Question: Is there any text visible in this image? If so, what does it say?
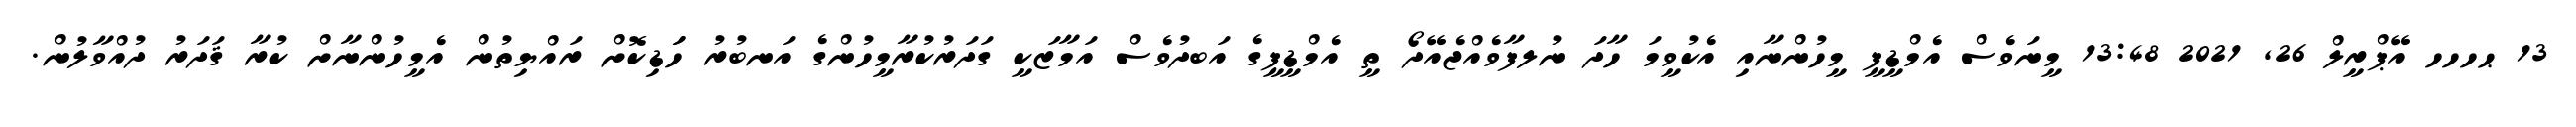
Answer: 13 ޙހހހ އޭޕްރީލް 26, 2021 13:48 މީނަވެސް އެމްޑީޕީ މީހުންނާއި އެކުވީމަ ހާދަ ނުލފާވެއްޖެއޭދޯ ތީ އެމްޑީޕީގެ އަބދުވެސް އަމާޒަކީ ގަދަރުކުރާމީހުންގެ އަނބުރު ހަަޑިކޮށް ރައްޔިތުން އެމީހުންނާށް ކުރާ ޤަދަރު ދުއްވާލުން.